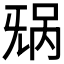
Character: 𬀥